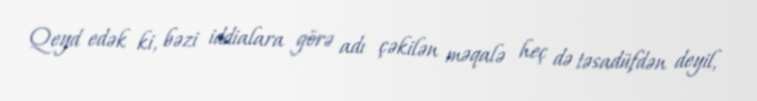
Qeyd edək ki, bəzi iddialara görə adı çəkilən məqalə heç də təsadüfdən deyil,